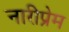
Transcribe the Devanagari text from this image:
नारीप्रेम